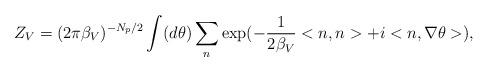
LaTeX: \begin{align*}Z_V = (2\pi {\beta}_V)^{-N_p/2} \int (d\theta ) \sum_{n }\exp(-\frac{1}{2{\beta}_V}<n,n>+i<n,\nabla \theta >),\end{align*}